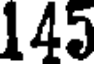
145